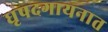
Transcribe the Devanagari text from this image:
धृपदगायनात